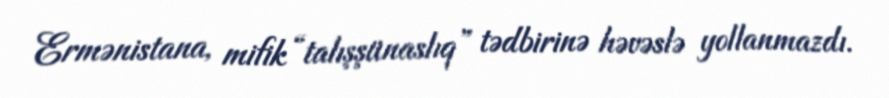
Ermənistana, mifik “talışşünaslıq” tədbirinə həvəslə yollanmazdı.